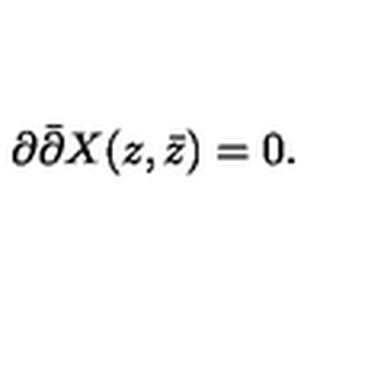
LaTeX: \partial \bar { \partial } X ( z , \bar { z } ) = 0 .